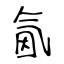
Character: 氤